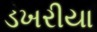
ડખરીયા